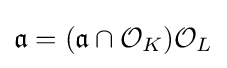
{\mathfrak {a}}=({\mathfrak {a}}\cap {\mathcal {O}}_{K}){\mathcal {O}}_{L}